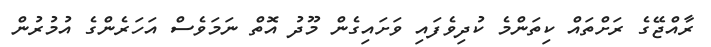
ރާއްޖޭގެ ރަށްތައް ކިތަންމެ ކުދިވެފައި ވަށައިގެން މޫދު އޮތް ނަމަވެސް އަހަރެންގެ އުމުރުން